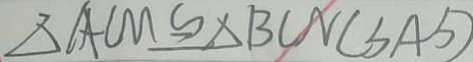
\Delta A C M \cong \Delta B C N ( S A S )